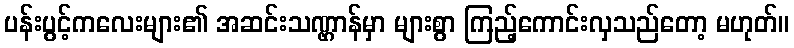
ပန်းပွင့်ကလေးများ၏ အဆင်းသဏ္ဌာန်မှာ များစွာ ကြည့်ကောင်းလှသည်တော့ မဟုတ်။